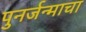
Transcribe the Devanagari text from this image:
पुनर्जन्माचा